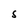
Character: S